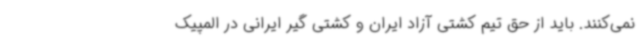
نمی‌کنند. باید از حق تیم کشتی آزاد ایران و کشتی گیر ایرانی در المپیک